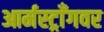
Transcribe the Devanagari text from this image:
आर्मस्ट्राँगवर